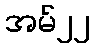
အမ်၂၂